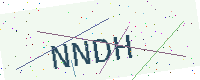
Text: NNDH